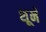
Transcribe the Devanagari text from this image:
शूने